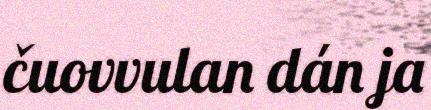
čuovvulan dán ja